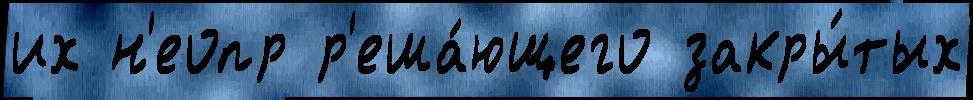
их н'еопр р'еша́ющего закры́тых